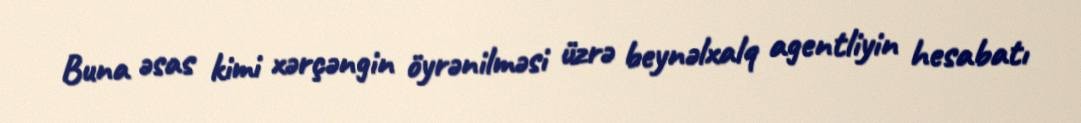
Buna əsas kimi xərçəngin öyrənilməsi üzrə beynəlxalq agentliyin hesabatı